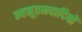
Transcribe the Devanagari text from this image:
न्यनूतमवादियों